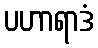
ပဟာရာဒံ